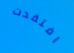
افتقدت